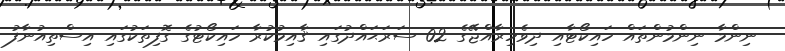
ނިންމާ ނިންމުންތައް ހައިކޯޓާއި ދިވެހިރާއްޖޭގެ 02 ސަރަޙައްދުގައި ޤާއިމުކުރާ ހައިކޯޓުގެ ގޮފިތަކުގައި އިސްތިއުނާފު